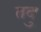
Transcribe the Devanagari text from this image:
तदु